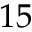
1 5